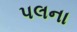
પલના